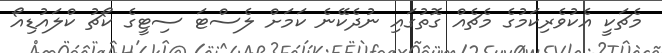
މެޗަކީ އެކުވެރިކަމުގެ މެޗެއް ގޮތުގައި ނުދެކޭނެ ކަމަށް ލެސްޓަ ސިޓީގެ ކޯޗު ކްލައުޑިއޯ